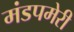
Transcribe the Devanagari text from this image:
मंडपमेरी